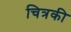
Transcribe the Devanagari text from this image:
चित्रकी